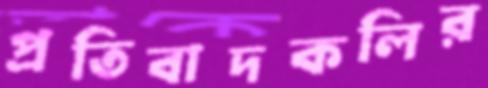
প্রতিবাদকলির